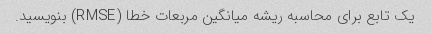
یک تابع برای محاسبه ریشه میانگین مربعات خطا (RMSE) بنویسید.